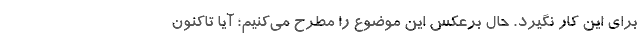
برای این کار نگیرد. حال برعکس این موضوع را مطرح می‌کنیم؛ آیا تاکنون